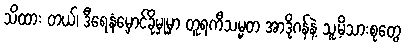
သိထား တယ်၊ ဒီရေနံမှောင်ခိုမှုမှာ တူရကီသမ္မတ အာဒိုဂန်နဲ့ သူ့မိသားစုတွေ